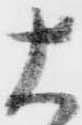
大